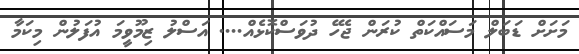
މަށަށް ޑަބަލް މަސައްކަތް ކުރަން ޖެހޭ ދުވަސްކޮޅެއް.... އަސްލު ޒިމޫވީމަ އުފަލުން މިކަމާ